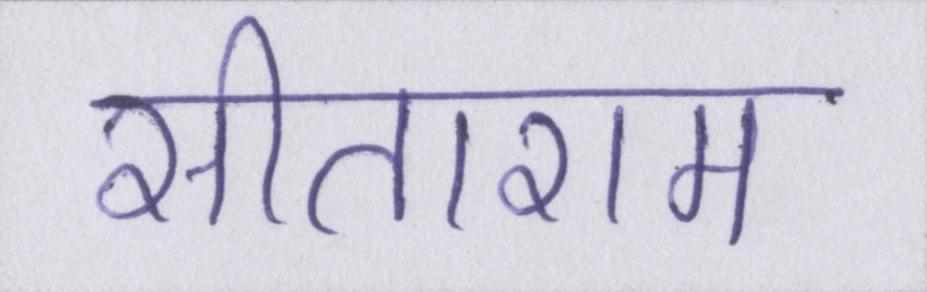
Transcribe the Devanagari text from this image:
सीताराम